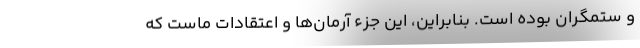
و ستمگران بوده است. بنابراین، این جزء آرمان‌ها و اعتقادات ماست که